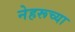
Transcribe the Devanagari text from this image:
नेहरूच्या